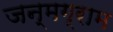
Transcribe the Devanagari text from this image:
जन्मग्राम